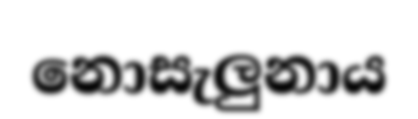
නොසැලුනාය